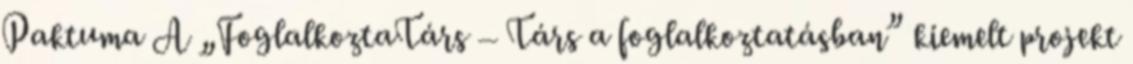
Paktuma A „FoglalkoztaTárs – Társ a foglalkoztatásban” kiemelt projekt